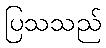
ပြသသည်